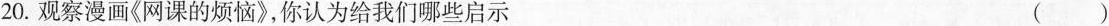
20.观察漫画《网课的烦恼》，你认为给我们哪些启示 ()